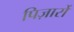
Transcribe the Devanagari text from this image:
पिज़ार्रो